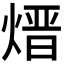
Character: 𪹓